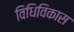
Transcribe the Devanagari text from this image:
विधिविकास